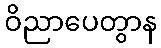
ဝိညာပေတွာန